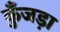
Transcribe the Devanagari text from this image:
कुँजड़ा